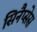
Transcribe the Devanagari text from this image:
सिनैप्सेस